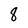
Character: 8